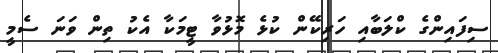
ސިފައިންގެ ކްލަބާއި ހަރިކޭން ކުޅެ މޮޅުވާ ޓީމަކާ އެކު ތިން ވަނަ ސެމީ